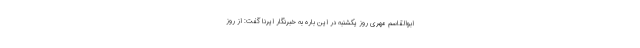
ابوالقاسم مهری روز یکشنبه در این باره به خبرنگار ایرنا گفت: از روز